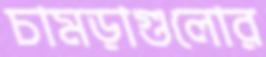
চামড়াগুলোর